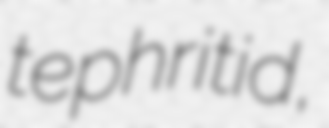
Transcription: tephritid,